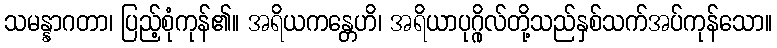
သမန္နာဂတာ၊ ပြည့်စုံကုန်၏။ အရိယကန္တေဟိ၊ အရိယာပုဂ္ဂိုလ်တို့သည်နှစ်သက်အပ်ကုန်သော။